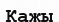
Кажы